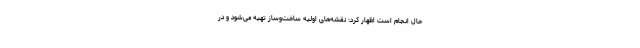
حال انجام است اظهار کرد: نقشه‌های اولیه ساخت‌وساز تهیه می‌شود و در